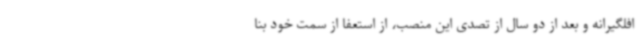
افلگیرانه و بعد از دو سال از تصدی این منصب، از استعفا از سمت خود بنا